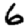
Digit: 6